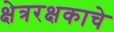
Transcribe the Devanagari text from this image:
क्षेत्ररक्षकाचे